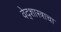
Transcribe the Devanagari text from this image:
वेद्शास्त्राचा